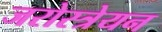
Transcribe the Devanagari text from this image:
जरोस्त्रेयन